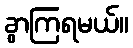
ခွာကြရမယ်။